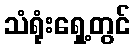
သံရုံးရှေ့တွင်